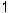
1